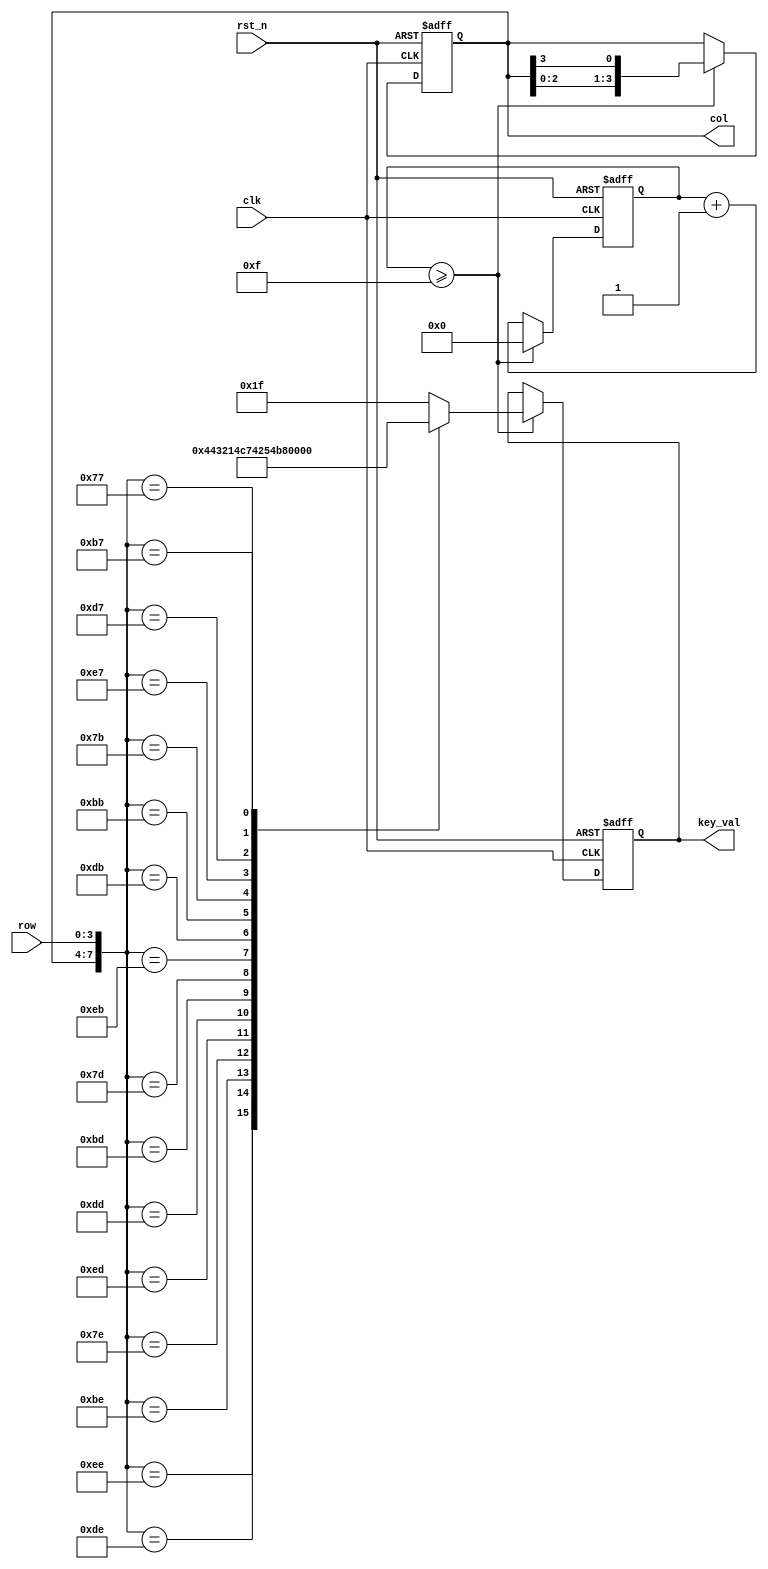
module key16_1(

			input		wire				clk,
			input		wire				rst_n,
			input		wire		[3:0]	row,
			output	reg		[3:0]	col,
			output  	reg		[4:0]	key_val

		);
	
	parameter T50Hz = 6'd400;
	
	reg [5:0]	cnt;

	always @(posedge clk or negedge rst_n)
	if(!rst_n) begin
		col <= 4'b1110;
		key_val <= 5'b1_1111;
		cnt <= 0;
	end
	else  if(cnt >= T50Hz - 1)begin
		cnt <= 0;
		col <= {col[2:0], col[3]};
		case({col , row})	
			8'b1110_1110	:	key_val[4:0] <= 0;
			8'b1101_1110	:	key_val[4:0] <= 1;
			8'b1011_1110	:	key_val[4:0] <= 2;
			8'b0111_1110	:	key_val[4:0] <= 3;
		
			8'b1110_1101	:	key_val[4:0] <= 4;
			8'b1101_1101	:	key_val[4:0] <= 5;
			8'b1011_1101	:	key_val[4:0] <= 6;
			8'b0111_1101	:	key_val[4:0] <= 7;
			
			8'b1110_1011	:	key_val[4:0] <= 8;
			8'b1101_1011	:	key_val[4:0] <= 9;
			8'b1011_1011	:	key_val[4:0] <= 10;
			8'b0111_1011	:	key_val[4:0] <= 11;
			
			8'b1110_0111	:	key_val[4:0] <= 12;
			8'b1101_0111	:	key_val[4:0] <= 13;
			8'b1011_0111	:	key_val[4:0] <= 14;
			8'b0111_0111	:	key_val[4:0] <= 15;

			default			:	key_val[4:0] <= 5'b1_1111;	
		endcase			
	end
	else	begin
		cnt <= cnt + 1'b1;
		key_val <= key_val;
	end
	
endmodule